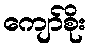
ကျော်စိုး